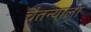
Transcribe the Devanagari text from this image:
चैतन्याला